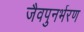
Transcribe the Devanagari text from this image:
जैवपुनर्भरण